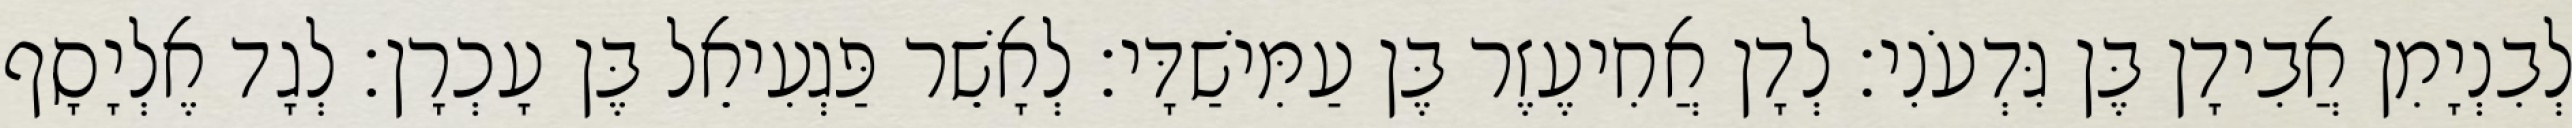
לְבִנְיָמִן אֲבִידָן בֶּן גִּדְעֹנִי׃ לְדָן אֲחִיעֶזֶר בֶּן עַמִּישַׁדָּי׃ לְאָשֵׁר פַּגְעִיאֵל בֶּן עָכְרָן׃ לְגָד אֶלְיָסָף